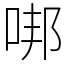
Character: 𠳐